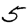
Digit: 5